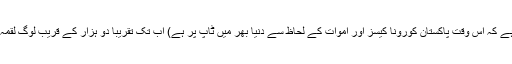
(سننے میں آ رہا ہے کہ اس وقت پاکستان کورونا کیسز اور اموات کے لحاظ سے دنیا بھر میں ٹاپ پر ہے) اب تک تقریباً دو ہزار کے قریب لوگ لقمہ اجل بن گئے ہیں۔